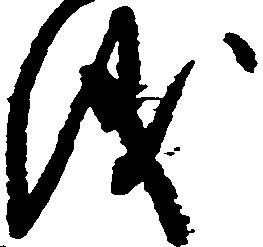
儀